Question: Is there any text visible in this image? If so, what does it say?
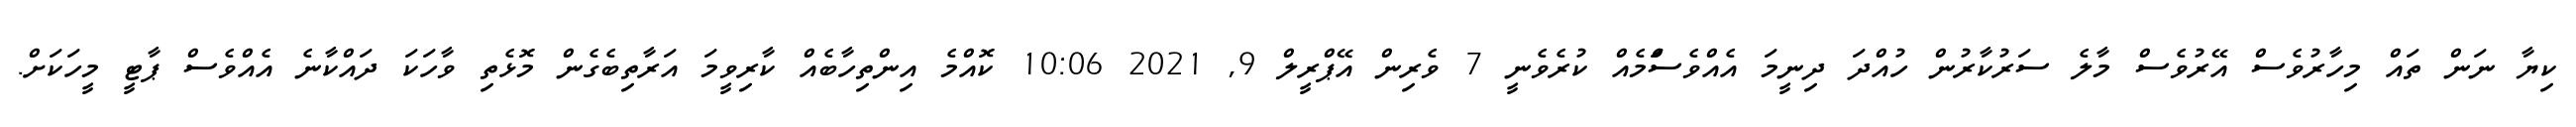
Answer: ކިޔާ ނަން ތައް މިހާރުވެސް އޭރުވެސް މާލެ ސަރުކާރުން ހުއްދަ ދިނީމަ އެއްވެސްަމެއް ކުރެވެނީ 7 ވެރިން އޭޕްރީލް 9, 2021 10:06 ކޮއްމެ އިންތިހާބެއް ކާރިވީމަ އަރާތިބެގެން މޮޅެތި ވާހަކަ ދައްކާނެ އެއްވެސް ޕާޓީ މީހަކަށް.